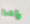
وأخرج